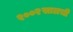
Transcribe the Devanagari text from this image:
२००२सालची